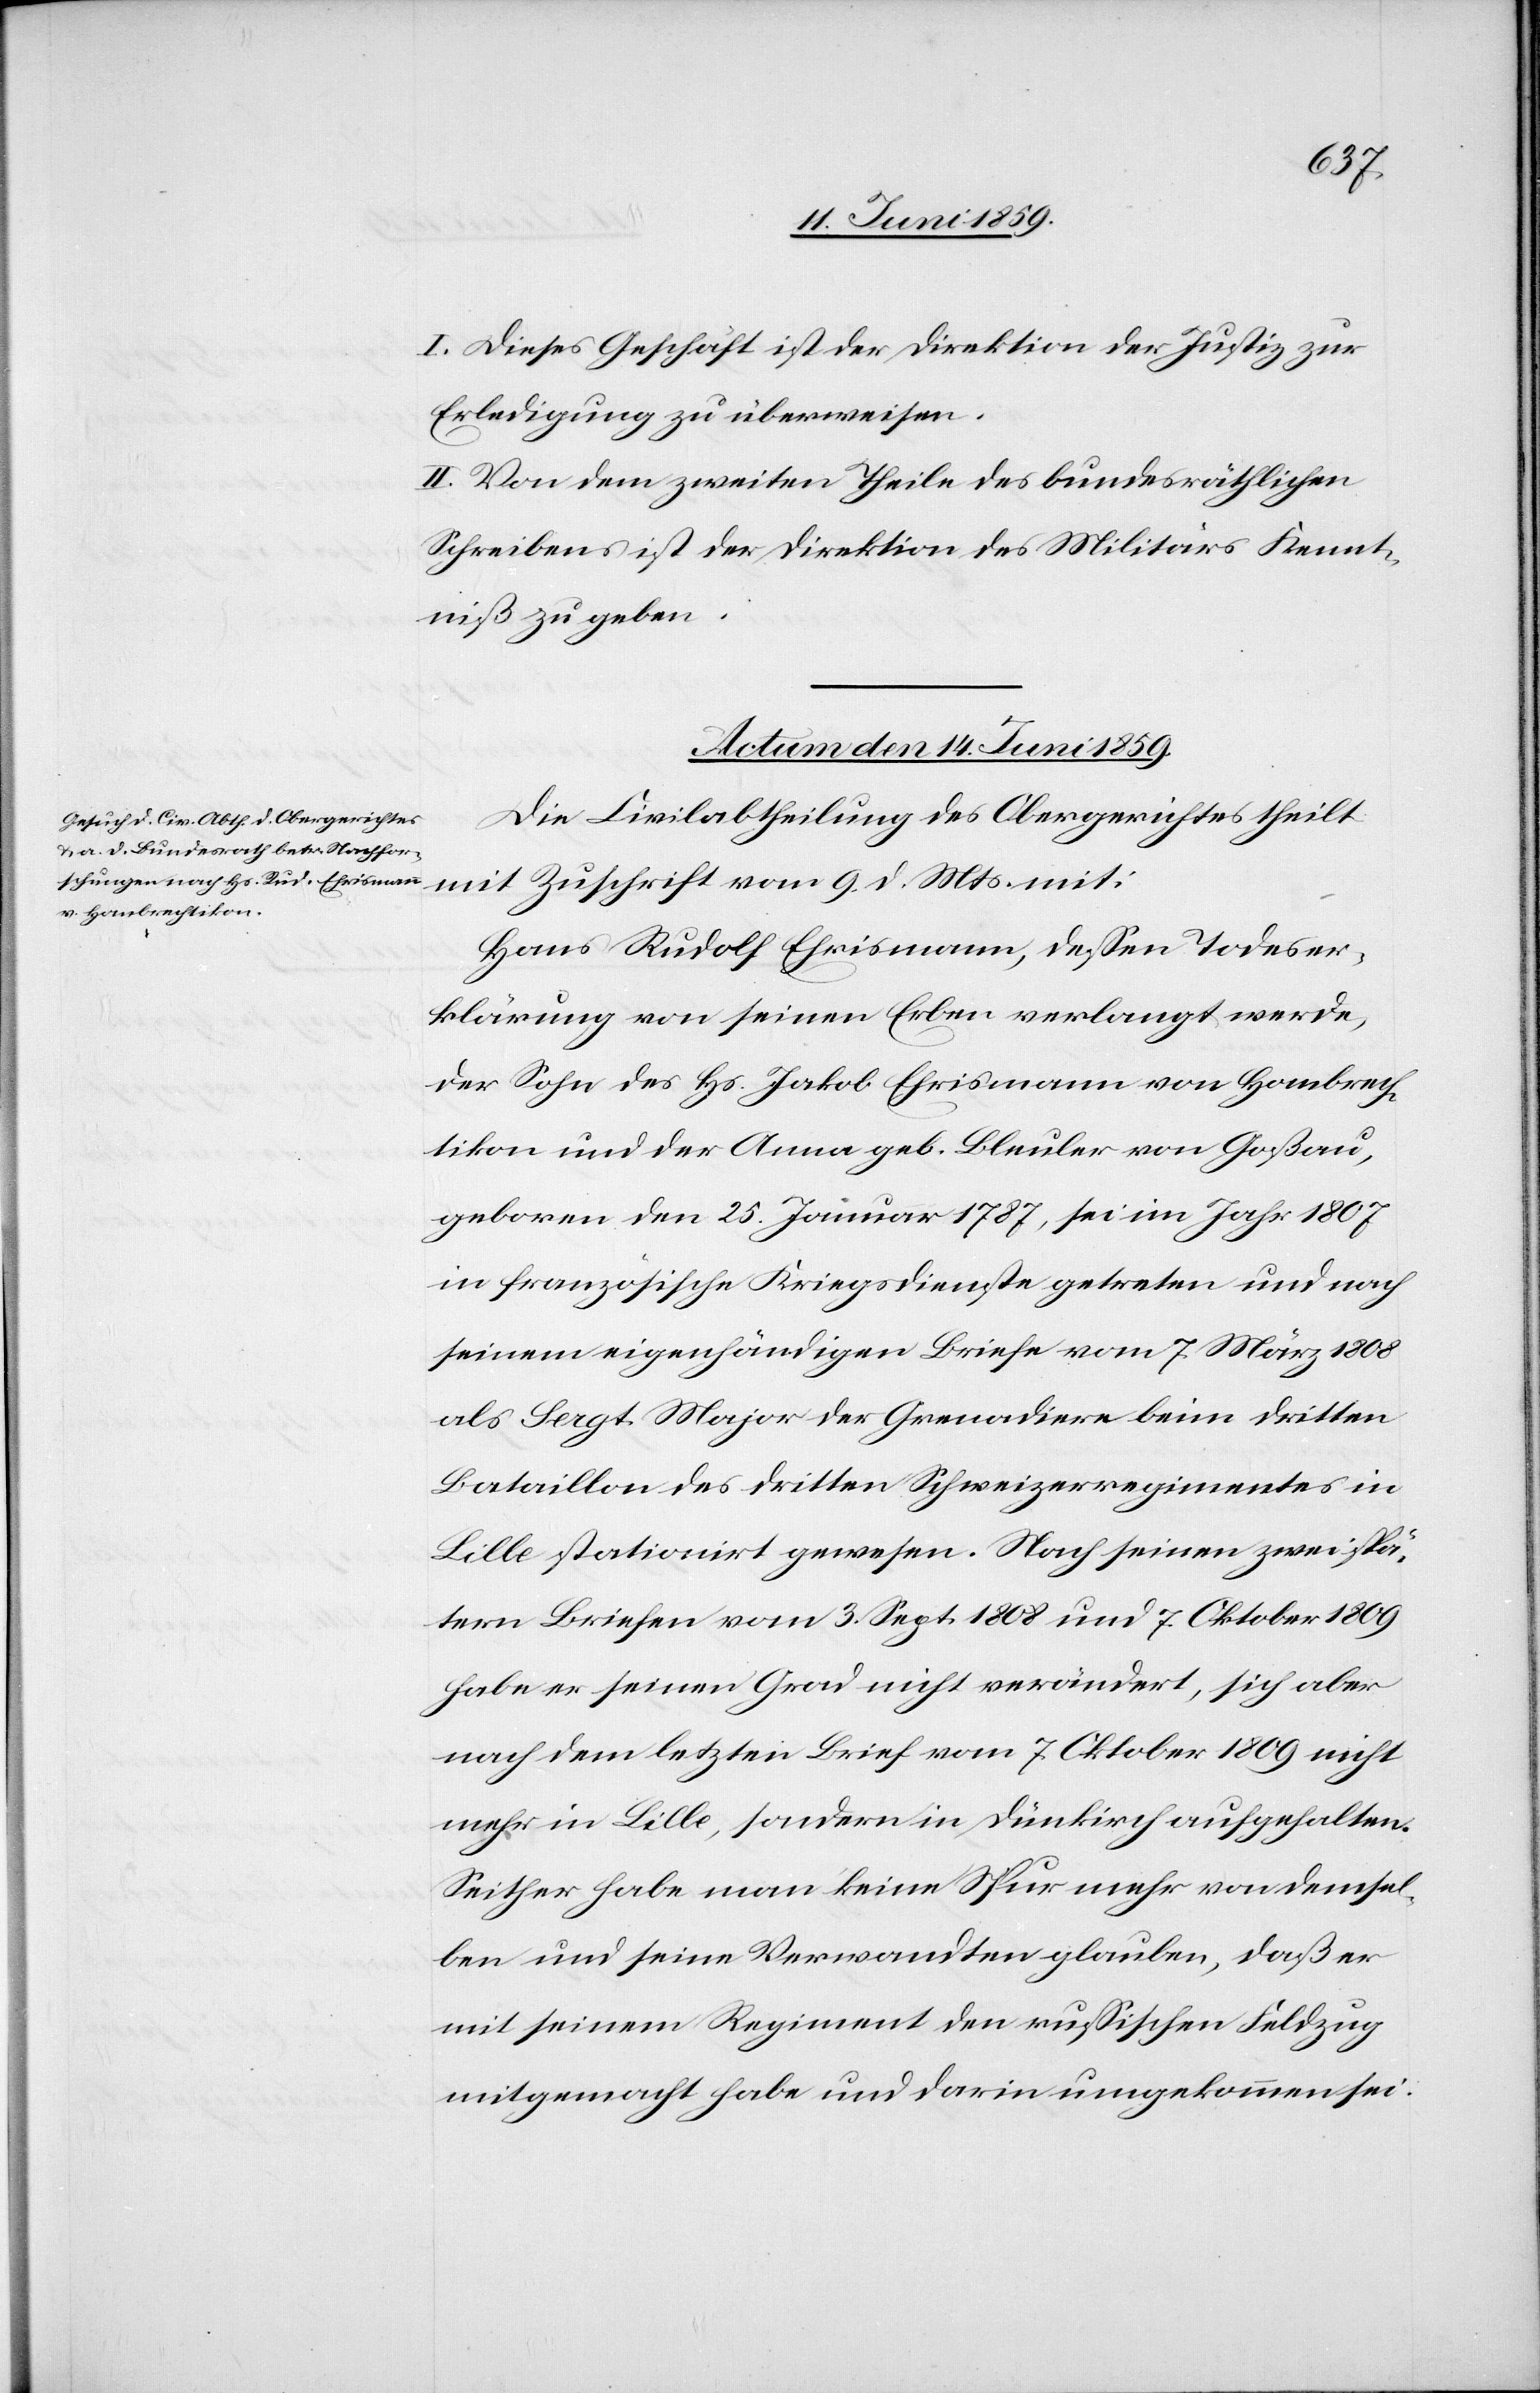
I. Dieses Geschäft ist der Direktion der Justiz zur
Erledigung überweisen.
II. Von dem zweiten Theile des bundesräthlichen
Schreibens ist der Direktion des Militärs Kennt¬
niß zu geben.
Actum den 14. Juni 1859.
Die Civilabtheilung des Obergerichtes theilt
mit Zuschrift vom 9. d. Mts mit:
Hans Rudolf Ehrismann, dessen Todeser¬
klärung von seinen Erben verlangt werde,
der Sohn des Hs. Jakob Ehrismann von Hombrech¬
tikon und der Anna geb. Bleuler von Goßau,
geboren den 25. Januar 1787, sei im Jahr 1807
in französische Kriegsdienste getreten und nach
seinem eigenhändigen Briefe vom 7. März 1808
als Sergt. Major der Grenadiere beim dritten
Bataillon des dritten Schweizerregimentes in
Lille stationirt gewesen. Nach seinen zwei spä¬
tern Briefen vom 3. Sept. 1808 und 7. Oktober 1809
habe er seinen Grad nicht verändert, sich aber
nach dem letzten Brief vom 7. Oktober 1809 nicht
mehr in Lille, sondern in Dünkirch aufgehalten.
Seither habe man keine Spur mehr von demsel¬
ben und seine Verwandten glauben, daß er
mit seinem Regiment den russischen Feldzug
mitgemacht habe und darin umgekommen sei.